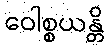
ဝေါစ္စယန္တိ